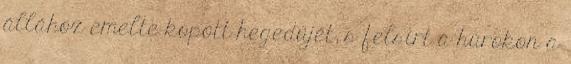
állához emelte kopott hegedűjét, s felsírt a húrokon a